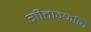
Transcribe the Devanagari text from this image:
गीताञ्जलि